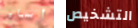
أساء التشخيص